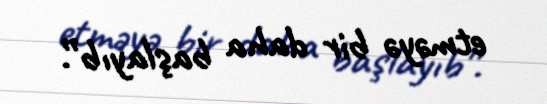
etməyə bir daha başlayıb”.